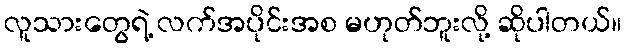
လူသားတွေရဲ့ လက်အပိုင်းအစ မဟုတ်ဘူးလို့ ဆိုပါတယ်။